Indian journal of veterinary science and animal husbandry - Volume 5,
Year: 1935
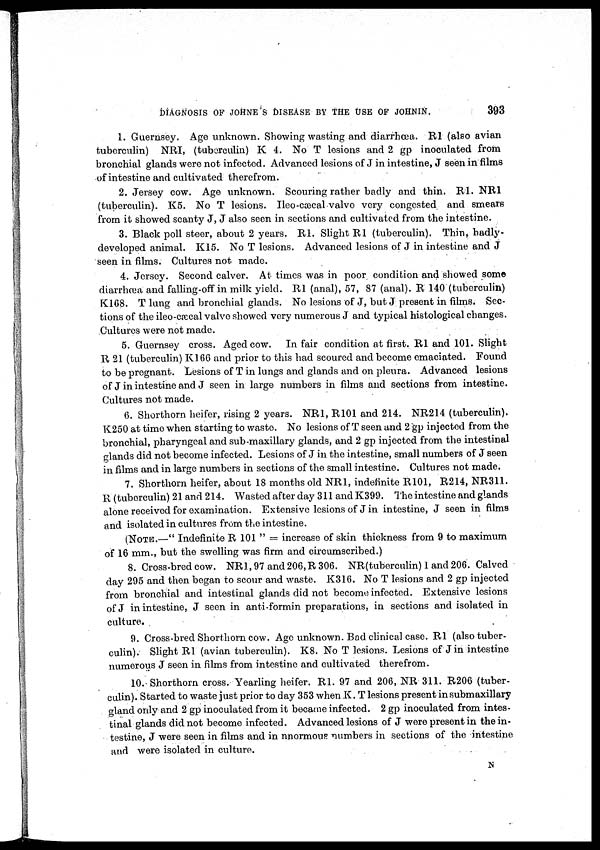
DIAGNOSIS OF JOHNE'S DISEASE BY THE USE OF JOHNIN.
393
1. Guernsey. Age unknown. Showing wasting and diarrhœa. Rl (also avian
tuberculin) NRI, (tuberculin) K 4. No T lesions and 2 gp inoculated from
bronchial glands were not infected. Advanced lesions of J in intestine, J seen in films
of intestine and cultivated therefrom.
2. Jersey cow. Age unknown. Scouring rather badly and thin. R1. NR1
(tuberculin). K5. No T lesions. Ileo-cæcal valve very congested and smears
from it showed scanty J, J also seen in sections and cultivated from the intestine.
3. Black poll steer, about 2 years. R1. Slight R1 (tuberculin). Thin, badly-
developed animal. K15. No T lesions. Advanced lesions of J in intestine and J
seen in films. Cultures not made.
4. Jersey. Second calver. At times was in poor condition and showed some
diarrhœa and falling-off in milk yield. R1 (anal), 57, 87 (anal). R 140 (tuberculin)
K168. T lung and bronchial glands. No lesions of J, but J present in films. Sec-
tions of the ileo-cæcal valve showed very numerous J and typical histological changes.
Cultures were not made.
5. Guernsey cross. Aged cow. In fair condition at first. R1 and 101. Slight
R 21 (tuberculin) K166 and prior to this had scoured and become emaciated. Found
to be pregnant. Lesions of T in lungs and glands and on pleura. Advanced lesions
of J in intestine and J seen in large numbers in films and sections from intestine.
Cultures not made.
6. Shorthorn heifer, rising 2 years. NR1, R101 and 214. NR214 (tuberculin).
K250 at time when starting to waste. No lesions of T seen and 2 gp injected from the
bronchial, pharyngeal and sub-maxillary glands, and 2 gp injected from the intestinal
glands did not become infected. Lesions of J in the intestine, small numbers of J seen
in films and in large numbers in sections of the small intestine. Cultures not made.
7. Shorthorn heifer, about 18 months old NR1, indefinite R101, R214, NR311.
R (tuberculin) 21 and 214. Wasted after day 311 and K399. The intestine and glands
alone received for examination. Extensive lesions of J in intestine, J seen in films
and isolated in cultures from the intestine.
(NOTE.—" Indefinite R 101 " = increase of skin thickness from 9 to maximum
of 16 mm., but the swelling was firm and circumscribed.)
8. Cross-bred cow. NR1, 97 and 206, R 306. NR(tuberculin) 1 and 206. Calved
day 295 and then began to scour and waste. K316. No T lesions and 2 gp injected
from bronchial and intestinal glands did not become infected. Extensive lesions
of J in intestine, J seen in anti-formin preparations, in sections and isolated in
culture.
9. Cross-bred Shorthorn cow. Age unknown. Bad clinical case. Rl (also tuber-
culin). Slight R1 (avian tuberculin). K8. No T lesions. Lesions of Jin intestine
numerous J seen in films from intestine and cultivated therefrom.
10. Shorthorn cross. Yearling heifer. R1. 97 and 206, NR 311. R206 (tuber-
culin). Started to waste just prior to day 353 when K. T lesions present in submaxillary
gland only and 2 gp inoculated from it became infected. 2 gp inoculated from intes-
tinal glands did not become infected. Advanced lesions of J were present in the in-
testine, J were seen in films and in nnormous numbers in sections of the intestine
and were isolated in culture.
N